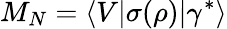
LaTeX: M_{N}=\langle V|\sigma(\rho)|\gamma^{*}\rangle